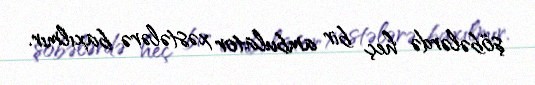
şöbələrdə heç bir ambulator xəstələrə baxılmır.